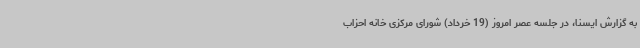
به گزارش ایسنا، در جلسه عصر امروز (19 خرداد) شورای مرکزی خانه احزاب